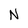
Character: N